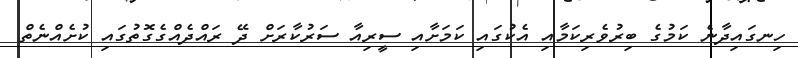
ހިނގައިދާނެ ކަމުގެ ބިރުވެރިކަމާއި އެކުގައި ކަމަށާއި ސީރިއާ ސަރުކާރަށް ދޭ ރައްދެއްގެގޮތުގައި ކުށެއްނެތް